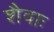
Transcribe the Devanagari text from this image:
शैवाः